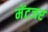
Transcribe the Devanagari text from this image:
मेंटजर